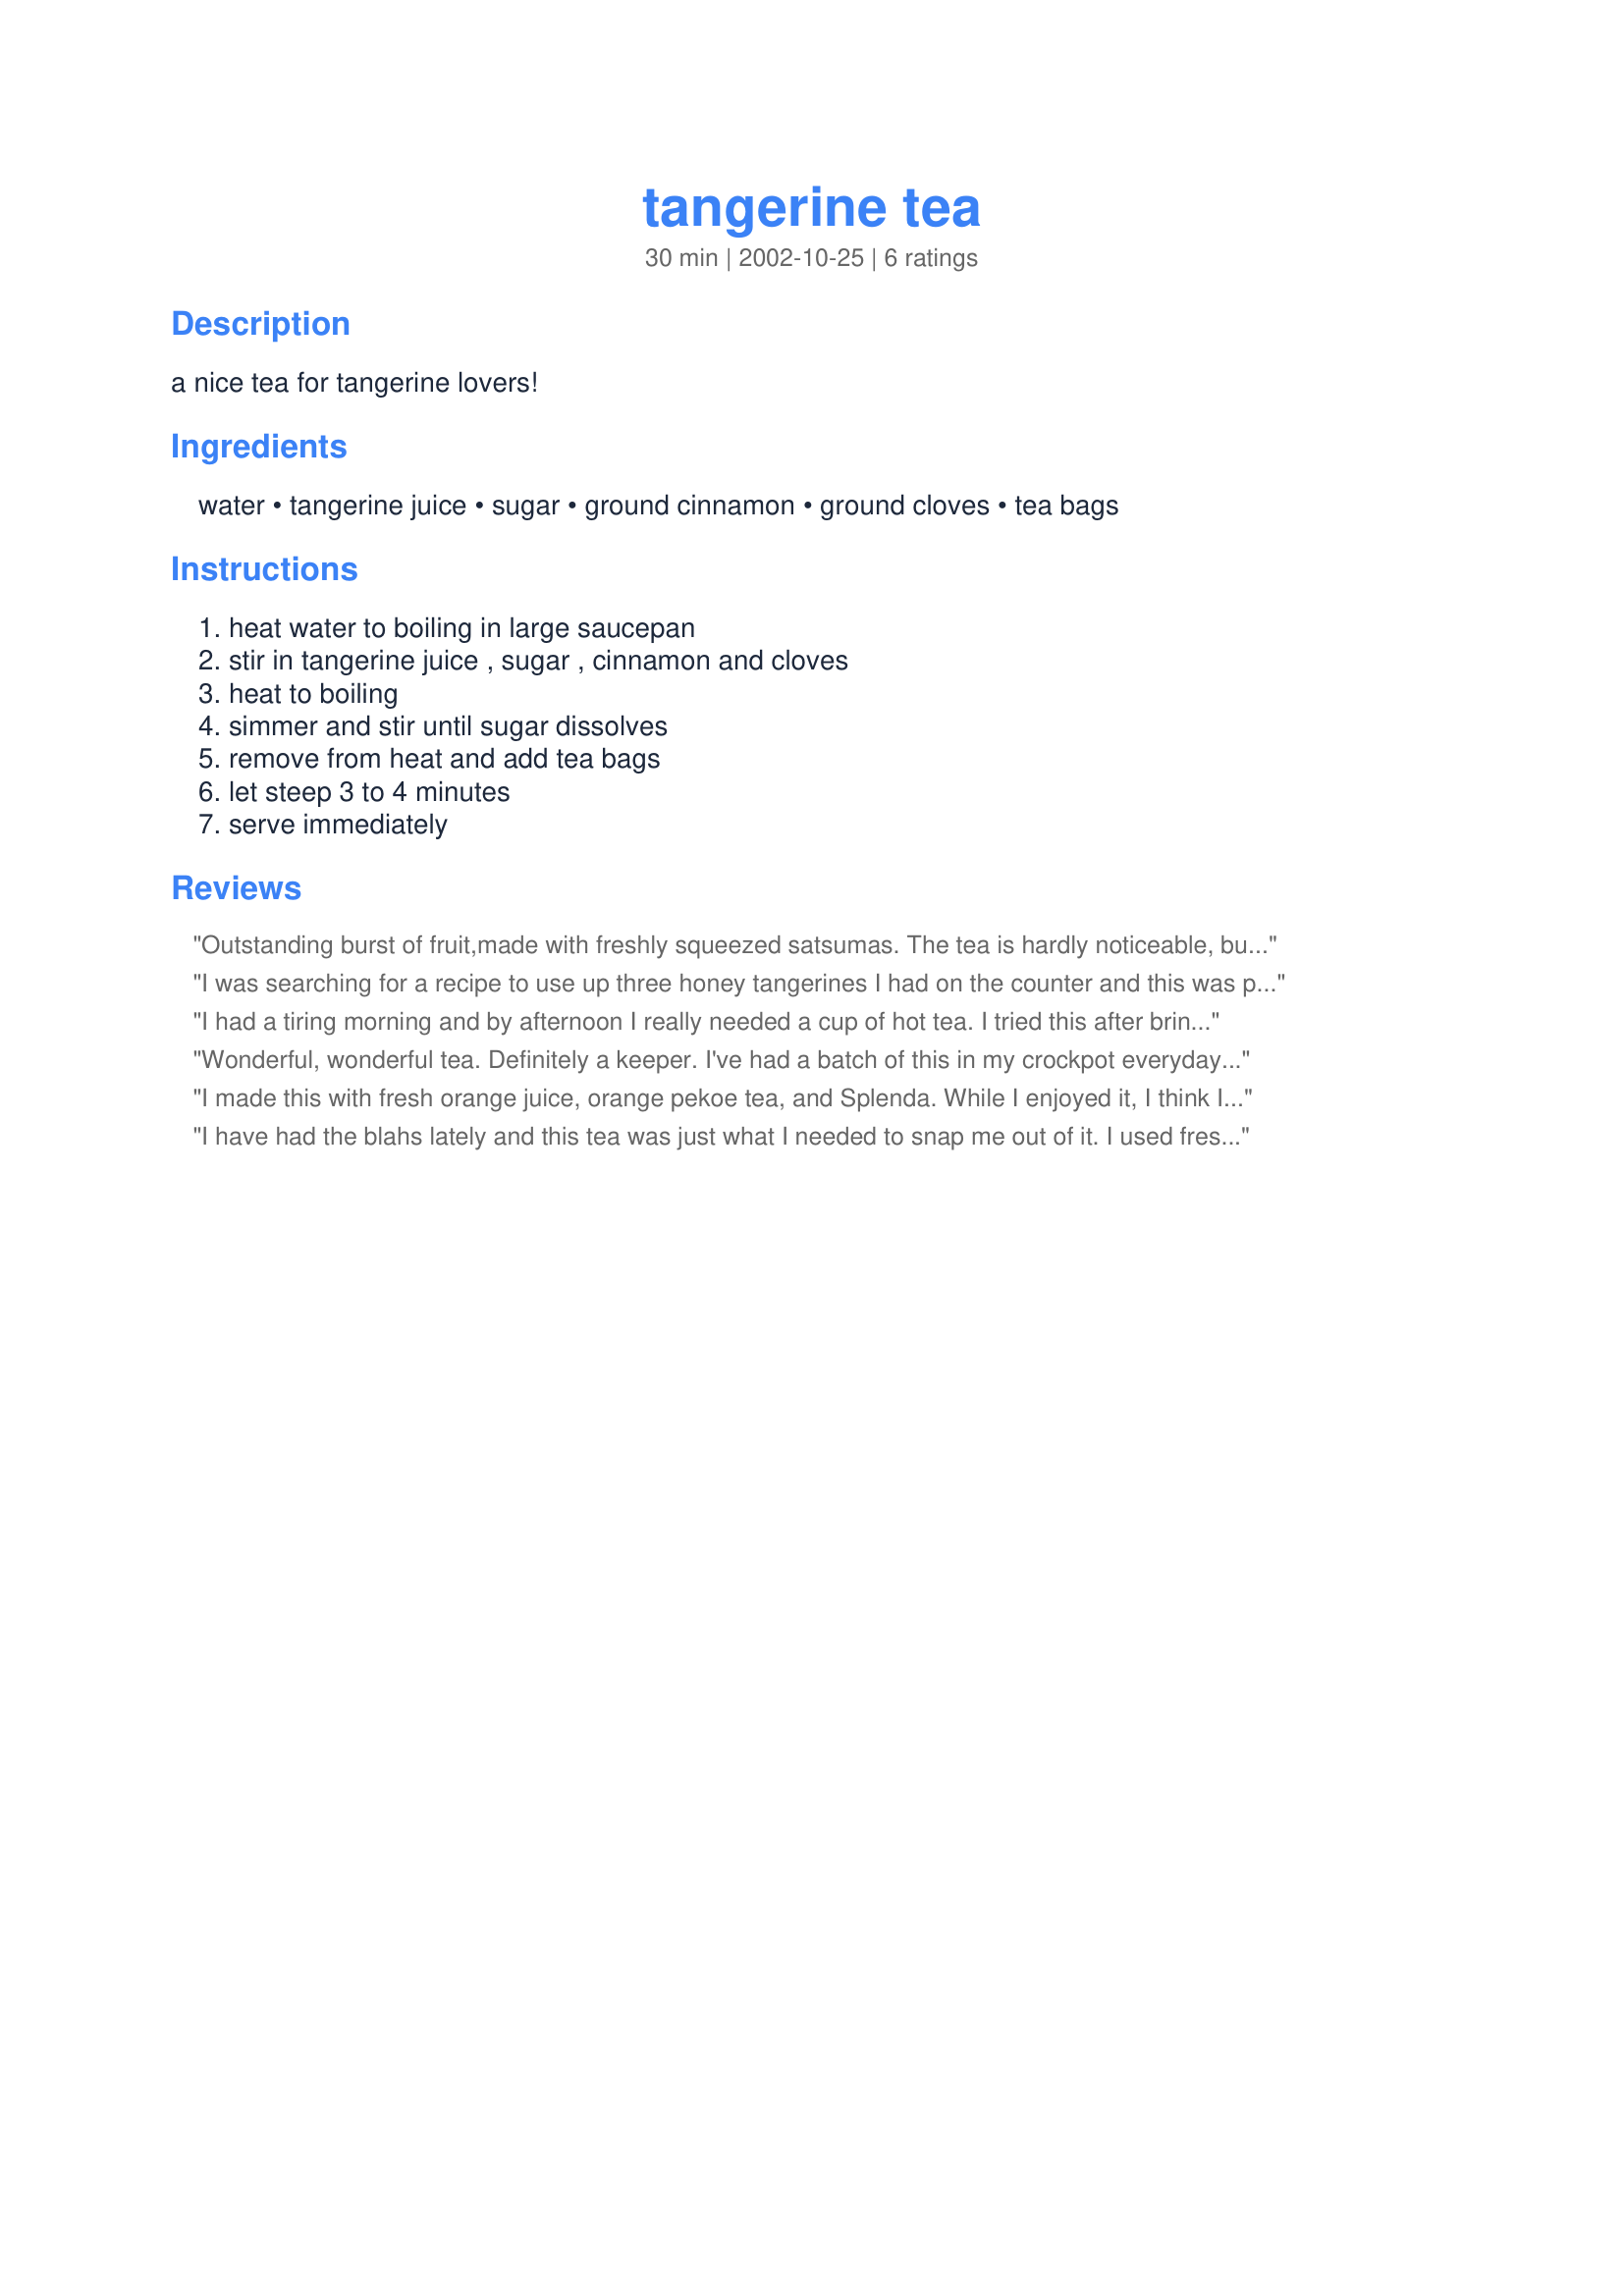
tangerine tea
Preparation time: 30 minutes

a nice tea for tangerine lovers!

Ingredients:
water, tangerine juice, sugar, ground cinnamon, ground cloves, tea bags

Steps:
heat water to boiling in large saucepan, stir in tangerine juice , sugar , cinnamon and cloves, heat to boiling, simmer and stir until sugar dissolves, remove from heat and add tea bags, let steep 3 to 4 minutes, serve immediately

Reviews:
Outstanding burst of fruit,made with freshly squeezed satsumas. The tea is hardly noticeable, but I suspect it adds a subtle depth of flavor. It is wonderful. The spices are complementary and do not dominate the taste at all. I probably was gilding the lily by using Constant Comment tea, but I didn't have any regular black tea. I recommend this highly!
I was searching for a recipe to use up three honey tangerines I had on the counter and this was perfect! I have to admit, I did change it a little bit! I used a broken up cinnamon stick, a star anise, fresh grated nutmeg, some of the tangerine zest, plus a handful of chai spice mix from World Spice in Seattle. It was absolutely divine! Thank you so much for this great idea.
I had a tiring morning and by afternoon I really needed a cup of hot tea. I tried this after bringing it down to 1 serving and loved it. I used 1/2 cup fresh orange juice, 2 tsps. sugar, 1/2 cup water, a pinch of cinnamon and cloves and 3/4 tsp.tea leaves instead of tea bags. Now I know just how to use up the whole bag of fresh oranges I got recently :)
Thanks for posting this recipe!
Wonderful, wonderful tea. Definitely a keeper. I've had a batch of this in my crockpot everyday for a week now - used splenda instead of sugar - just awesome.
I made this with fresh orange juice, orange pekoe tea, and Splenda. While I enjoyed it, I think I would like to try it with a different kind of tea (like Celestial Seasonings Bengal Spice). I think I would like more of a contrast in flavours (just a personal choice). Next time, I will use a cinammon stick instead of ground cinammon (because I felt the ground cinammon didn't blend as well as it should & left a residue). Made for Top Favorites of 2009 Tag-Feb'10.
I have had the blahs lately and this tea was just what I needed to snap me out of it. I used fresh tangerine juice. The flavor was so nice with the spices. Very uplifting. Thanks for posting this recipe.
